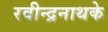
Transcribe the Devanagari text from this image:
रवीन्द्रनाथके